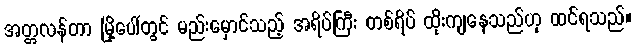
အတ္တလန်တာ မြို့ပေါ်တွင် မည်းမှောင်သည့် အရိပ်ကြီး တစ်ရိပ် ထိုးကျနေသည်ဟု ထင်ရသည်။